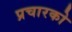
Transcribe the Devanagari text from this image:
प्रचारको